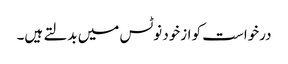
درخواست کو ازخود نوٹس میں بدلتے ہیں۔